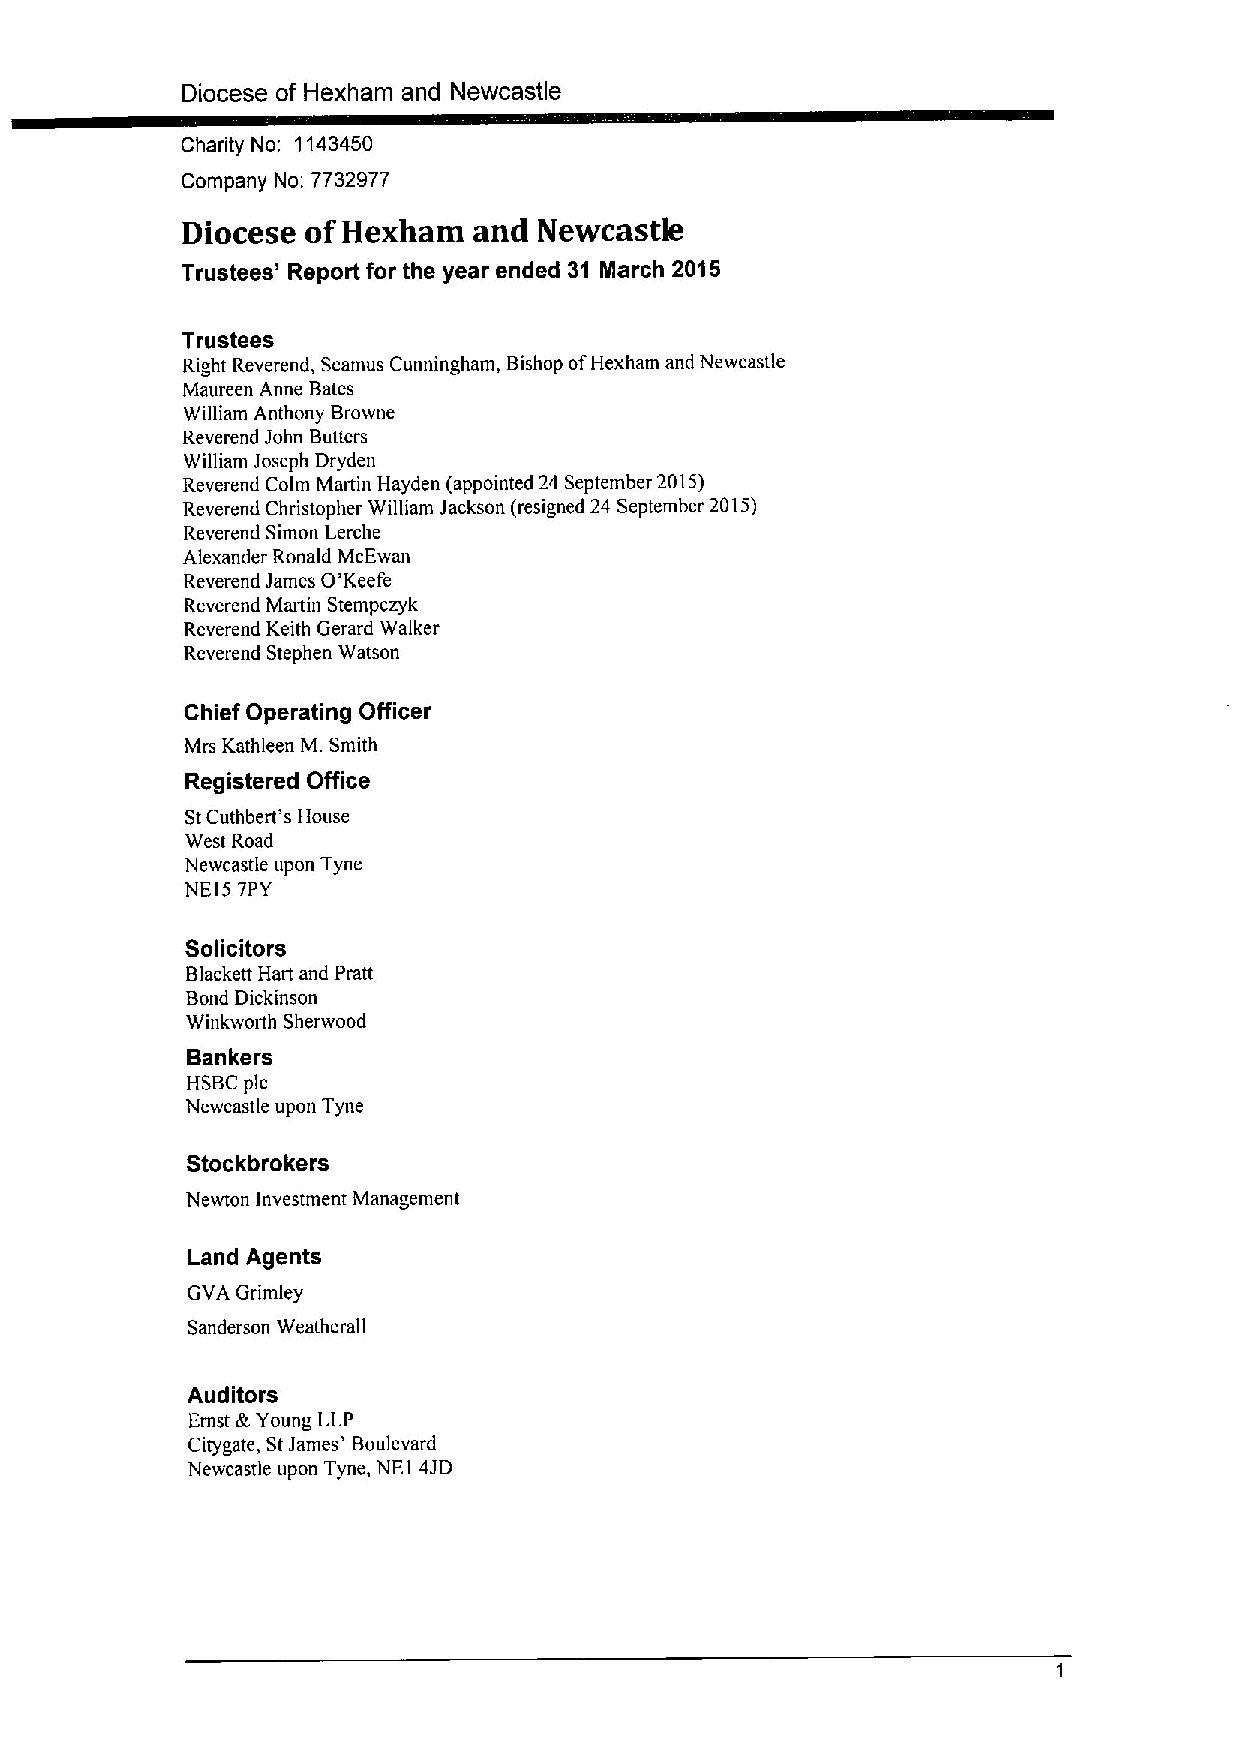
Diocese of Hexham and Newcastle
 Charity No: 1143450
 Company No: 7732977
 Diocese of Hexham  and  Newcastk
 Trustees' Report for the year ended 31 March 2015
 Trustees
 Right Reverend, Seamus Cunningham, Bishop ofHexham and Newcastle
 Maureen Anne Bates
 William Anthony Browne
 Reverend John Butters
 William Joseph Dryden
 Reverend Colm Martin Hayden (appointed 24 September 2015)
 Reverend Christopher William Jackson (resigned 24 September 2015)
 Reverend Simon Lerche
 Alexander Ronald McEwan
 Reverend James O'Keefe
 Reverend Martin Stempczyk
 Reverend Keith Gerard Walker
 Reverend Stephen Watson
 Chief Operating Officer
 Mrs Kathleen M. Smith
 Registered Office
 StCuthbert's House
 West Road
 Newcastle upon Tyne
 NE15 7PY
 Solicitors
 Blackett Hart and Pratt
 Bond Dickinson
 Winkworth Sherwood
 Bankers
 HSBC pic
 Newcastle upon Tyne
 Stockbrokers
 Newton Investment Management
 Land Agents
 GVA Grimley
 Sanderson Weatherall
 Auditors
 Ernst &Young LLP
 Citygate, StJames' Boulevard
 Newcastle upon Tyne, NEI 4JD